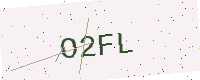
Text: O2FL